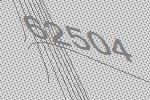
62504